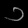
Digit: ၁